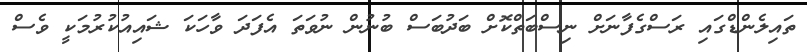
ތައިލެންޑްގައި ރަސްގެފާނަށް ނިސްބަތްކޮށް ބަދުބަސް ބުނުން ނުވަތަ އެފަދަ ވާހަކަ ޝައިއުކުރުމަކީ ވެސް